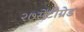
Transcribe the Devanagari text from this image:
२७सेंटीग्रेड